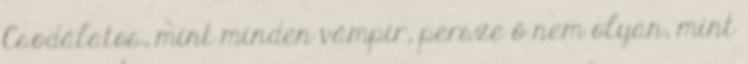
Csodálatos, mint minden vámpír, persze ő nem olyan, mint